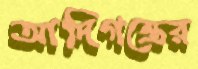
আদিগন্তের